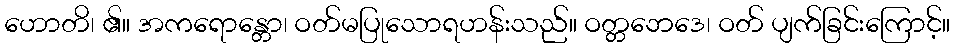
ဟောတိ၊ ၏။ အကရောန္တော၊ ဝတ်မပြုသောရဟန်းသည်။ ဝတ္တဘေဒေ၊ ဝတ် ပျက်ခြင်းကြောင့်။